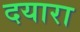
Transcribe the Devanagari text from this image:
दयारा